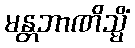
မန္တဘာဏိသ္မိံ